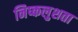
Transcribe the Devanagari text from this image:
निष्कलुशता